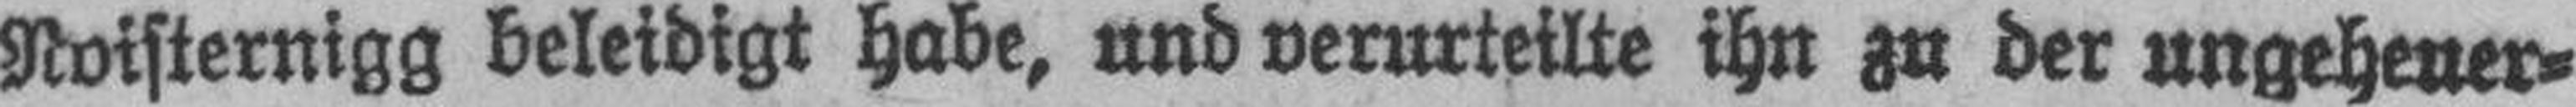
Noisternigg beleidigt habe, und verurteilte ihn zu der ungeheuer¬